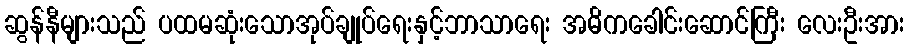
ဆွန်နီများသည် ပထမဆုံးသောအုပ်ချုပ်ရေးနှင့်ဘာသာရေး အဓိကခေါင်းဆောင်ကြီး လေးဦးအား